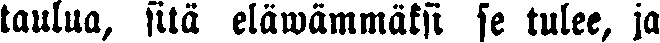
taulua, sitä eläwämmäksi se tulee, ja